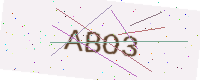
Text: ABO3